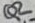
Text: Q2